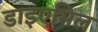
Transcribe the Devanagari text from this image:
डाइएमिल